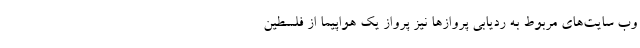
وب سایت‌های مربوط به ردیابی پروازها نیز پرواز یک هواپیما از فلسطین